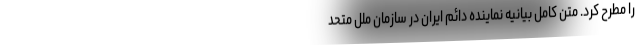
را مطرح کرد. متن کامل بیانیه نماینده دائم ایران در سازمان ملل متحد